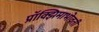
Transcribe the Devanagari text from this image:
प्रॉक्झिमाभोवती